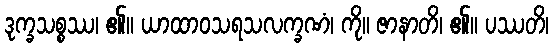
ဒုက္ခသစ္စဿ၊ ၏။ ယာထာဝသရသလက္ခဏံ၊ ကို။ ဇာနာတိ၊ ၏။ ပဿတိ၊